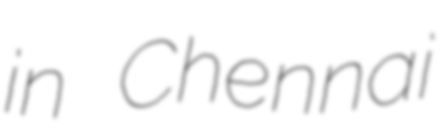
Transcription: in Chennai